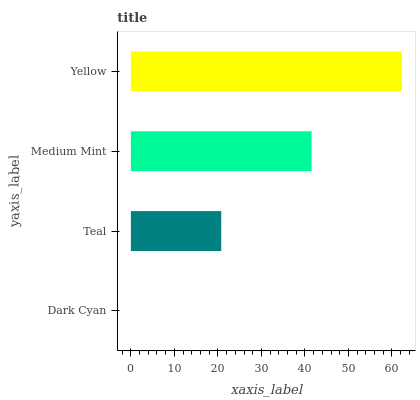
| yaxis_label | bars |
 | --- | --- |
 | Dark Cyan | 0 |
 | Teal | 20.8 |
 | Medium Mint | 41.5 |
 | Yellow | 62.3 |